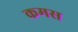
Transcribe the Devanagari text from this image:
कमस